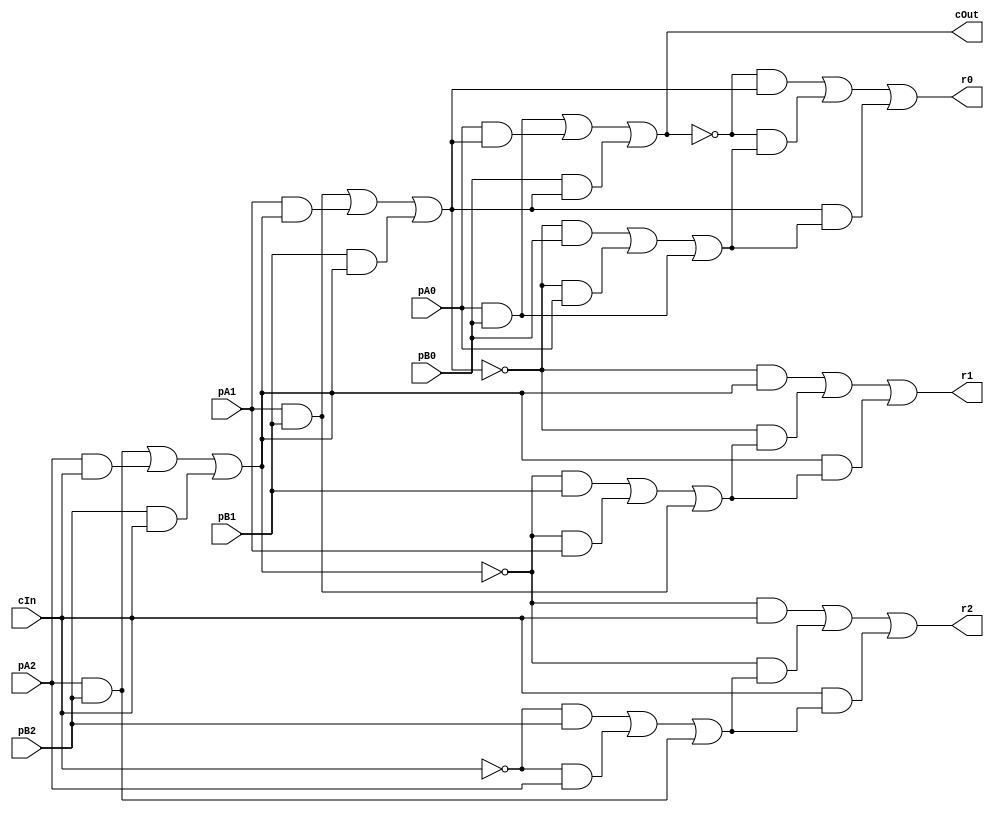

module MajRippleCarryAdder_3(pA2,pA1,pA0,pB2,pB1,pB0,r2,r1,r0,cIn, cOut);
input pA2,pA1,pA0,pB2,pB1,pB0,cIn;
output r2,r1,r0,cOut;
wire f0,f1,f2,carryX0,carryX1,carryX2,carryX3,a0,a1,a2,b0,b1,b2,s0,s1,s2;
assign a0 = pA2;
assign b0 = pB2;
assign r2 = s0;

assign a1 = pA1;
assign b1 = pB1;
assign r1 = s1;

assign a2 = pA0;
assign b2 = pB0;
assign r0 = s2;

assign carryX1 = (a0 & b0) | (a0 & carryX0) | (b0 & carryX0);
assign f0 = (~carryX0 & b0) | (~carryX0 & a0) | (b0 & a0);
assign s0 = (~carryX1 & carryX0) | (~carryX1 & f0) | (carryX0 & f0);
assign carryX2 = (a1 & b1) | (a1 & carryX1) | (b1 & carryX1);
assign f1 = (~carryX1 & b1) | (~carryX1 & a1) | (b1 & a1);
assign s1 = (~carryX2 & carryX1) | (~carryX2 & f1) | (carryX1 & f1);
assign carryX3 = (a2 & b2) | (a2 & carryX2) | (b2 & carryX2);
assign f2 = (~carryX2 & b2) | (~carryX2 & a2) | (b2 & a2);
assign s2 = (~carryX3 & carryX2) | (~carryX3 & f2) | (carryX2 & f2);
assign carryX0 = cIn;
assign cOut = carryX3;
endmodule